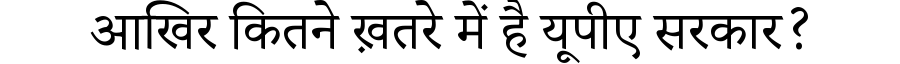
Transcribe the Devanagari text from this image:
आखिर कितने ख़तरे में है यूपीए सरकार?